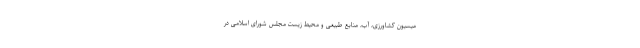
میسیون کشاورزی، آب، منابع طبیعی و محیط زیست مجلس شورای اسلامی در